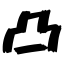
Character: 凸